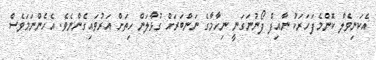
އެކަނިވެލާ ކޮންމެފަހަރަކު ނާއިފް ފޯނުނަގަނީ ނިހާމާގެ ނަންބަރަށް ގުޅާލަން ހިތަށް އަރުވައިގެންނެވެ. އެހެންނަމަވެސް